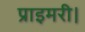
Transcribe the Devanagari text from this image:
प्राइमरी।